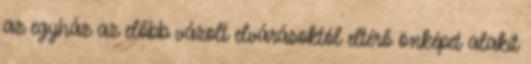
az egyház az előbb vázolt elvárásoktól eltérő önképet alakít